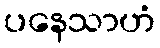
ပနေသာဟံ